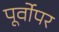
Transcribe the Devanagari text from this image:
पूर्वोपर